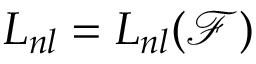
L _ { n l } = L _ { n l } ( \mathcal { F } )